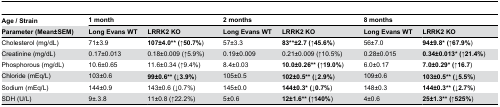
| Age / Strain | <COLSPAN=2> 1 month | <COLSPAN=2> 2 months | <COLSPAN=2> 8 months |
 | Parameter (Mean±SEM) | Long Evans WT | LRRK2 KO | Long Evans WT | LRRK2 KO | Long Evans WT | LRRK2 KO |
 | --- | --- | --- | --- | --- | --- | --- |
 | Cholesterol (mg/dL) | 71±3.9 | 107±4.0** (↑50.7%) | 57±3.3 | 83**±2.7 (↑45.6%) | 56±7.0 | 94±9.8* (↑67.9%) |
 | Creatinine (mg/dL) | 0.17±0.013 | 0.18±0.009 (↑5.9%) | 0.19±0.009 | 0.21±0.009 (↑10.5%) | 0.28±0.015 | 0.34±0.013* (↑21.4%) |
 | Phosphorous (mg/dL) | 10.6±0.65 | 11.6±0.34 (↑9.4%) | 8.4±0.03 | 10.0±0.26** (↑19.0%) | 6.0±0.17 | 7.0±0.29* (↑16.7) |
 | Chloride (mEq/L) | 103±0.6 | 99±0.6** (↓3.9%) | 105±0.5 | 102±0.5** (↓2.9%) | 109±0.6 | 103±0.5** (↓5.5%) |
 | Sodium (mEq/L) | 144±0.9 | 143±0.6 (↓0.7%) | 145±0.0 | 144±0.3* (↓0.7%) | 148±0.3 | 144±0.3** (↓2.7%) |
 | SDH (U/L) | 9±.3.8 | 11±0.8 (↑22.2%) | 5±0.6 | 12±1.6** (↑140%) | 4±0.6 | 25±1.3** (↑525%) |